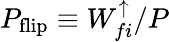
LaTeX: P_{\mathrm{flip}}\equiv W_{fi}^{\uparrow}/P